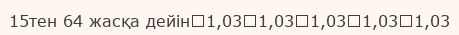
15тен 64 жасқа дейін	1,03	1,03	1,03	1,03	1,03